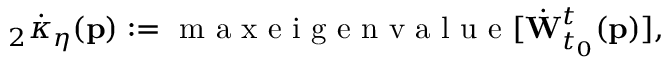
{ } _ { 2 } \dot { \kappa } _ { \eta } ( \mathbf { p } ) : = \mathrm { ~ m ~ a ~ x ~ e ~ i ~ g ~ e ~ n ~ v ~ a ~ l ~ u ~ e ~ } [ \dot { \mathbf { W } } _ { t _ { 0 } } ^ { t } ( \mathbf { p } ) ] ,